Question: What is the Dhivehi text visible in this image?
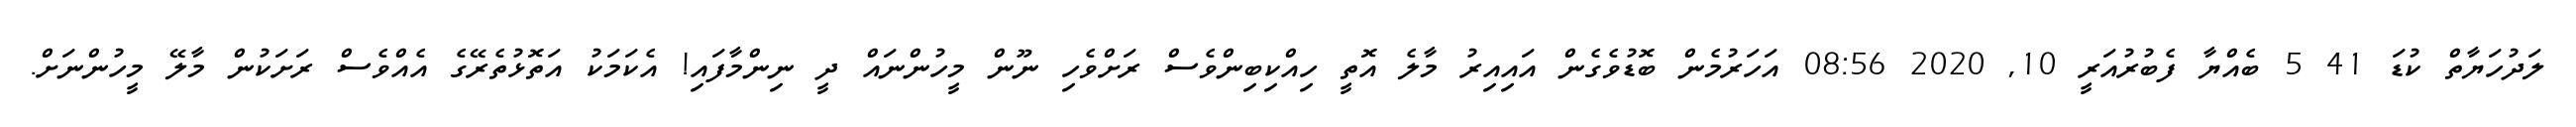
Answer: ލަދުހަޔާތް ކުޑަ 41 5 ބެއްޔާ ފެބުރުއަރީ 10, 2020 08:56 އަހަރުމެން ބޮޑުވެގެން އައިއިރު މާލެ އޮތީ ހިއްކިބިންވެސް ރަށްވެހި ނޫން މީހުންނައް ދީ ނިންމާފައި! އެކަމަކު އަތޮޅުތެރޭގެ އެއްވެސް ރަށަކުން މާލޭ މީހުންނަށް.